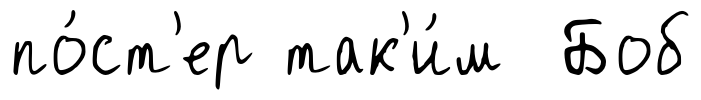
по́ст'ер так'и́м Боб